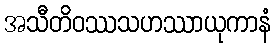
အသီတိဝဿသဟဿာယုကာနံ